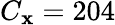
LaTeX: C_{\mathbf{x}}=204